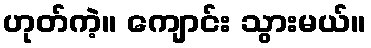
ဟုတ်ကဲ့။ ကျောင်း သွားမယ်။